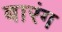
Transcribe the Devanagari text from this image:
बारंग